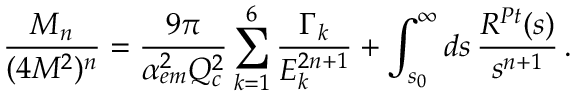
\frac { { \cal M } _ { n } } { ( 4 M ^ { 2 } ) ^ { n } } = \frac { 9 \pi } { \alpha _ { e m } ^ { 2 } Q _ { c } ^ { 2 } } \sum _ { k = 1 } ^ { 6 } \frac { \Gamma _ { k } } { E _ { k } ^ { 2 n + 1 } } + \int _ { s _ { 0 } } ^ { \infty } d s \, \frac { R ^ { P t } ( s ) } { s ^ { n + 1 } } \, .